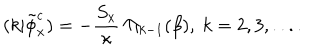
( k | \tilde { \phi } _ { x } ^ { c } ) = - { \frac { S _ { x } } { \kappa } } \ \Pi _ { k - 1 } ( \beta ) , \ k = 2 , 3 , . . . .